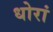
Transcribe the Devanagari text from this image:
धोरां